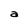
Character: a